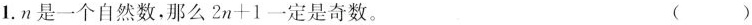
1.n是一个自然数，那么$$2 n + 1$$一定是奇数。 ( )